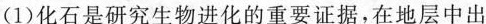
(1)化石是研究生物进化的重要证据，在地层中出